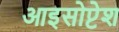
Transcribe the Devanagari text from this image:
आइसोप्टेश